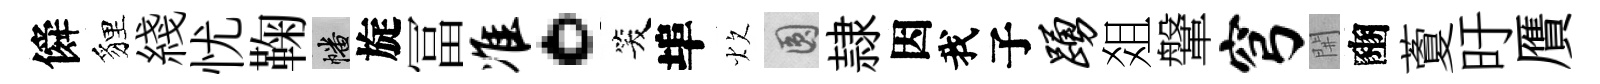
僢貍綫忧鞠幡旋冨准。笑埠炊圓隷因我子踊爼鞶穹𨳩豳藑旴贋